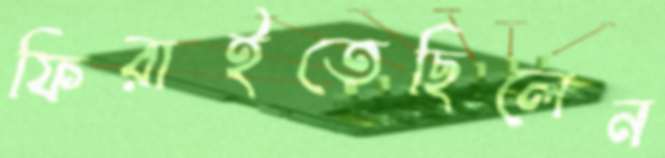
ফিরাইতেছিলেন